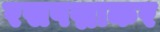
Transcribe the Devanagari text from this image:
रसपद्माकर